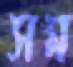
সম